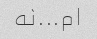
ام...نه